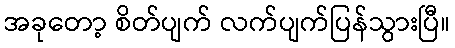
အခုတော့ စိတ်ပျက် လက်ပျက်ပြန်သွားပြီ။